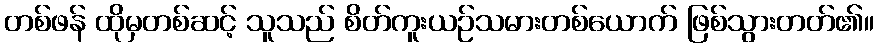
တစ်ဖန် ထိုမှတစ်ဆင့် သူသည် စိတ်ကူးယဉ်သမားတစ်ယောက် ဖြစ်သွားတတ်၏။